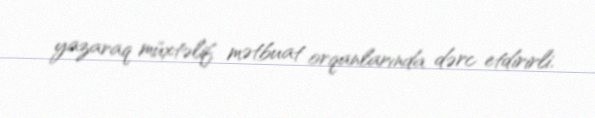
yazaraq müxtəlif mətbuat orqanlarında dərc etdirirli.